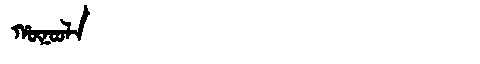
Manchu: ᡥᡡᠨᠣᠣᠯᠠ
Romanization: HŪNOOLA